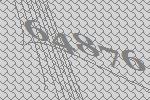
64876